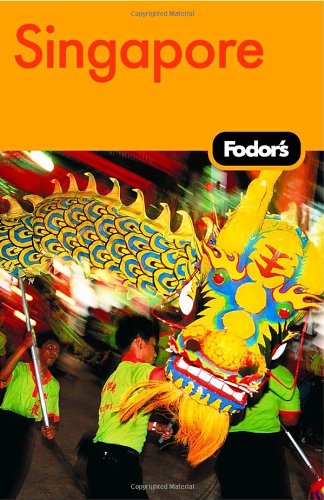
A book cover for Fodor's Singapore, 12th Edition (Fodor's Gold Guides); Travel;